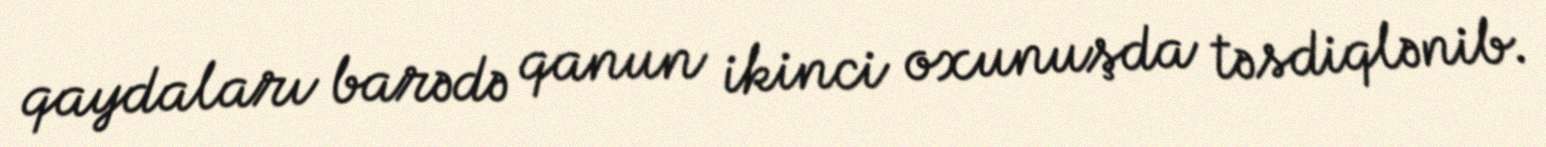
qaydaları barədə qanun ikinci oxunuşda təsdiqlənib.